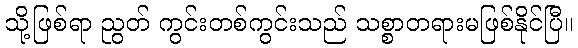
သို့ဖြစ်ရာ ညွတ် ကွင်းတစ်ကွင်းသည် သစ္စာတရားမဖြစ်နိုင်ပြီ။